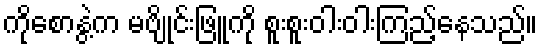
ကိုစောနွဲ့က မဗျိုင်းဖြူကို စူးစူးဝါးဝါးကြည့်နေသည်။